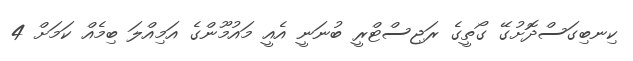
ކިނބިގަސްދޮށުގޭ ގޯތީގެ ރަޖިސްޓްރީ ބުނަނީ އެއީ މައުމޫންގެ އަމިއްލަ ބިމެއް ކަމަށް 4